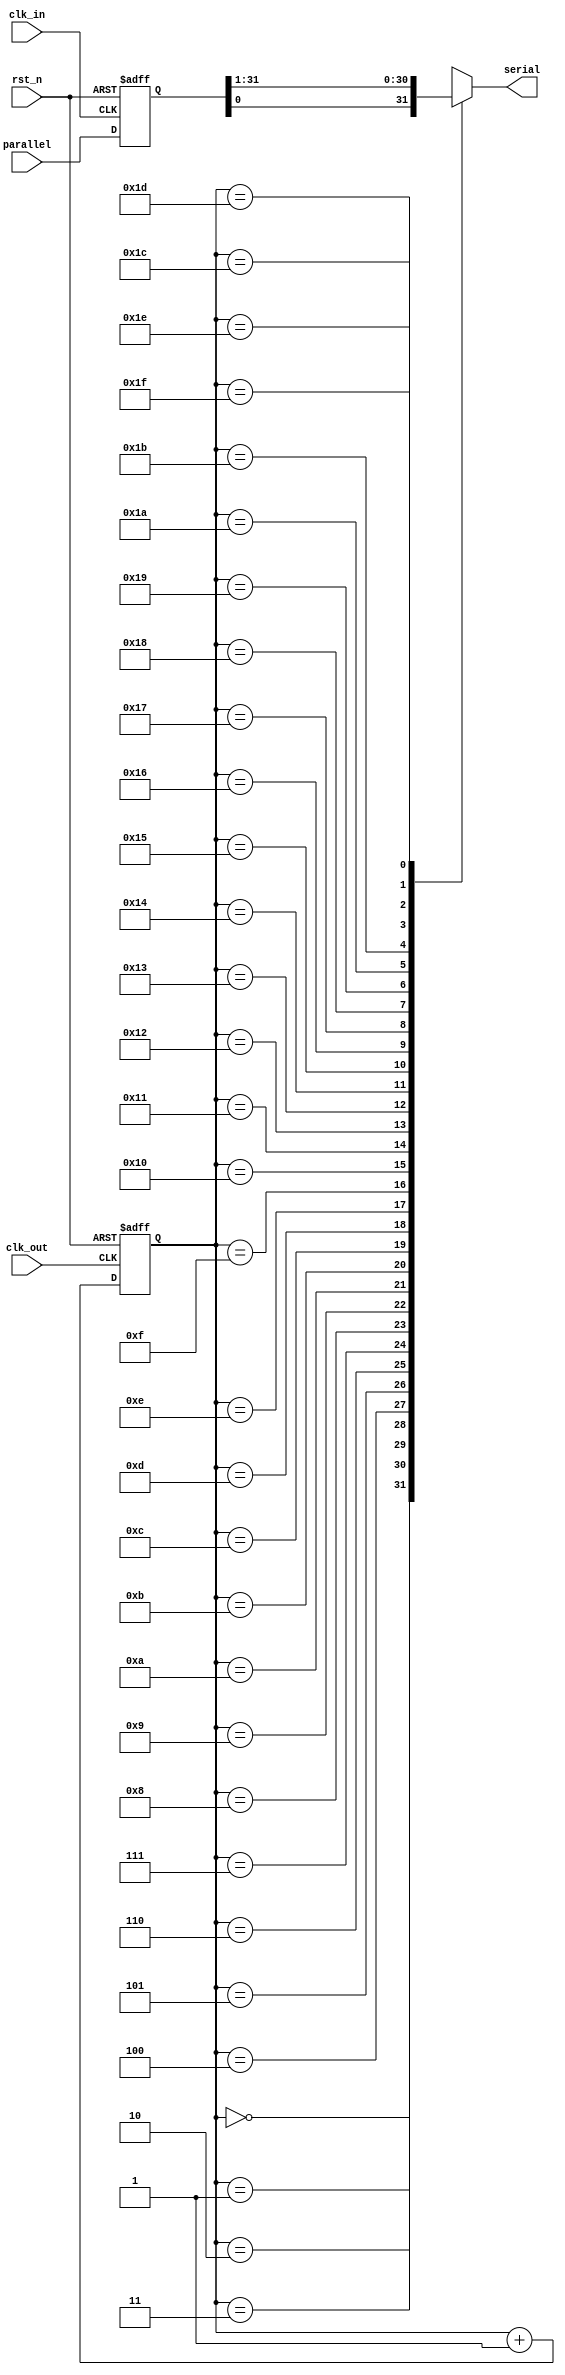
`timescale 1ns / 1ps
//////////////////////////////////////////////////////////////////////////////////
// Company: 
// Engineer: 
// 
// Design Name: 
// Module Name: parallel_to_serial
// Project Name: 
// Target Devices: 
// Tool Versions: 
// Description: 
// 
// Dependencies: 
// 
// Revision:
// Revision 0.01 - File Created
// Additional Comments:
// 
//////////////////////////////////////////////////////////////////////////////////


module parallel_to_serial(
    rst_n,
    parallel, clk_in, clk_out,
    serial );

    input rst_n;
    input [31:0] parallel;
    input clk_in;
    input clk_out;

    output reg serial;

    //input data buffer
    reg [31:0] para_buff;

    always@( negedge clk_in or negedge rst_n )
    begin
        if( ~rst_n )
            begin
                para_buff = 32'd0;
            end
        else
            begin
                para_buff = parallel;
            end
    end

    //counter
    reg [4:0] cnt, cnt_next;
    //combinational circuit
    always @*
    begin
        cnt_next = cnt + 1'b1;
    end
    //sequential circuit
    always @( negedge clk_out or negedge rst_n )
    if ( ~rst_n )
        cnt <= 5'd0;
    else
        cnt <= cnt_next;

        //parrallel to serial
    always @*
    case ( cnt )
        5'd0: serial = para_buff [0];
        5'd1: serial = para_buff [31];
        5'd2: serial = para_buff [30];
        5'd3: serial = para_buff [29];
        5'd4: serial = para_buff [28];
        5'd5: serial = para_buff [27];
        5'd6: serial = para_buff [26];
        5'd7: serial = para_buff [25];
        5'd8: serial = para_buff [24];
        5'd9: serial = para_buff [23];
        5'd10: serial = para_buff [22];
        5'd11: serial = para_buff [21];
        5'd12: serial = para_buff [20];
        5'd13: serial = para_buff [19];
        5'd14: serial = para_buff [18];
        5'd15: serial = para_buff [17];
        5'd16: serial = para_buff [16];
        5'd17: serial = para_buff [15];
        5'd18: serial = para_buff [14];
        5'd19: serial = para_buff [13];
        5'd20: serial = para_buff [12];
        5'd21: serial = para_buff [11];
        5'd22: serial = para_buff [10];
        5'd23: serial = para_buff [9];
        5'd24: serial = para_buff [8];
        5'd25: serial = para_buff [7];
        5'd26: serial = para_buff [6];
        5'd27: serial = para_buff [5];
        5'd28: serial = para_buff [4];
        5'd29: serial = para_buff [3];
        5'd30: serial = para_buff [2];
        5'd31: serial = para_buff [1];
        default: serial = 1'b0;
    endcase
endmodule